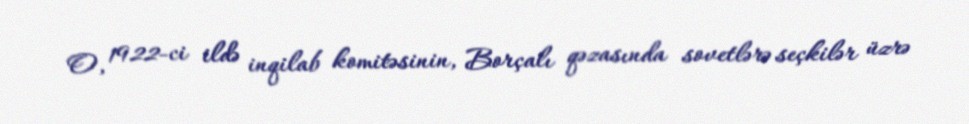
O, 1922-ci ildə inqilab komitəsinin, Borçalı qəzasında sovetlərə seçkilər üzrə